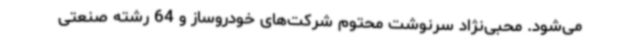
می‌شود. محبی‌نژاد سرنوشت محتوم شرکت‌های خودروساز و 64 رشته صنعتی